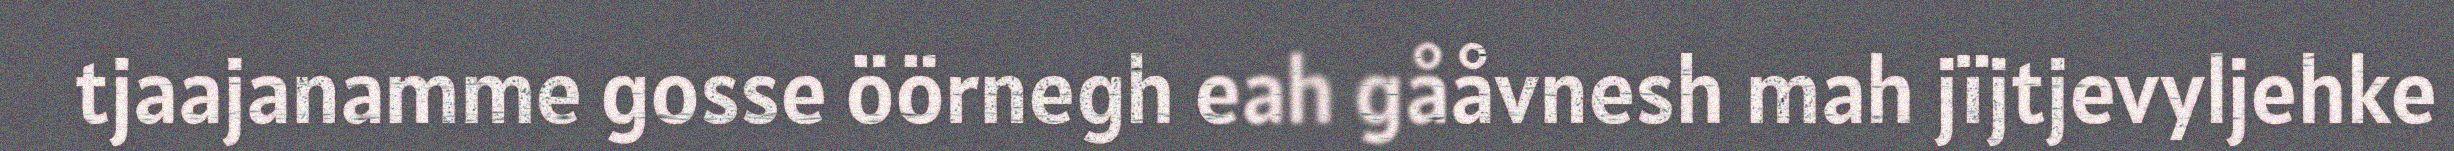
tjaajanamme gosse öörnegh eah gååvnesh mah jïjtjevyljehke